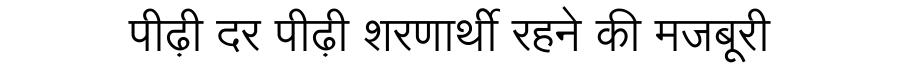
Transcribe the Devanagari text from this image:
पीढ़ी दर पीढ़ी शरणार्थी रहने की मजबूरी